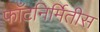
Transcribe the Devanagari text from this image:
फाँटनिर्मितीस